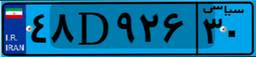
۳۳D۰۳۴۷۱